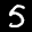
Label: 5